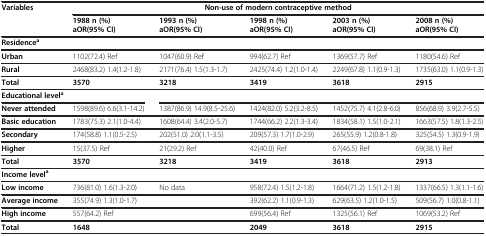
<table><thead><tr><td><b>Variables</b></td><td colspan="5"><b>Non-use of modern contraceptive method</b></td></tr><tr><td><b> </b></td><td><b>1988 n (%) aOR(95% CI)</b></td><td><b>1993 n (%) aOR(95% CI)</b></td><td><b>1998 n (%) aOR(95% CI)</b></td><td><b>2003 n (%) aOR(95% CI)</b></td><td><b>2008 n (%) aOR(95% CI)</b></td></tr></thead><tbody><tr><td><b>Residence</b><sup><b>a</b></sup></td><td> </td><td> </td><td> </td><td> </td><td> </td></tr><tr><td><b>Urban</b></td><td>1102(72.4) Ref</td><td>1047(60.9) Ref</td><td>994(62.7) Ref</td><td>1369(57.7) Ref</td><td>1180(54.6) Ref</td></tr><tr><td><b>Rural</b></td><td>2468(83.2) 1.4(1.2-1.8)</td><td>2171(76.4) 1.5(1.3-1.7)</td><td>2425(74.4) 1.2(1.0-1.4)</td><td>2249(67.8) 1.1(0.9-1.3)</td><td>1735(63.0) 1.1(0.9-1.3)</td></tr><tr><td><b>Total</b></td><td><b>3570</b></td><td><b>3218</b></td><td><b>3419</b></td><td><b>3618</b></td><td><b>2915</b></td></tr><tr><td colspan="2"><b>Educational level</b><sup><b>a</b></sup></td><td> </td><td> </td><td> </td><td> </td></tr><tr><td><b>Never attended</b></td><td>1598(89.6) 6.6(3.1-14.2)</td><td>1387(86.9) 14.9(8.5-25.6)</td><td>1424(82.0) 5.2(3.2-8.5)</td><td>1452(75.7) 4.1(2.8-6.0)</td><td>856(68.9) 3.9(2.7-5.5)</td></tr><tr><td><b>Basic education</b></td><td>1783(75.3) 2.1(1.0-4.4)</td><td>1608(64.4) 3.4(2.0-5.7)</td><td>1744(66.2) 2.2(1.3-3.4)</td><td>1834(58.1) 1.5(1.0-2.1)</td><td>1663(57.5) 1.8(1.3-2.5)</td></tr><tr><td><b>Secondary</b></td><td>174(58.8) 1.1(0.5-2.5)</td><td>202(51.0) 2.0(1.1-3.5)</td><td>209(57.3) 1.7(1.0-2.9)</td><td>265(55.9) 1.2(0.8-1.8)</td><td>325(54.5) 1.3(0.9-1.9)</td></tr><tr><td><b>Higher</b></td><td>15(37.5) Ref</td><td>21(29.2) Ref</td><td>42(40.0) Ref</td><td>67(46.5) Ref</td><td>69(38.1) Ref</td></tr><tr><td><b>Total</b></td><td><b>3570</b></td><td><b>3218</b></td><td><b>3419</b></td><td><b>3618</b></td><td><b>2913</b></td></tr><tr><td><b>Income level</b><sup><b>a</b></sup></td><td> </td><td> </td><td> </td><td> </td><td> </td></tr><tr><td><b>Low income</b></td><td>736(81.0) 1.6(1.3-2.0)</td><td>No data</td><td>958(72.4) 1.5(1.2-1.8)</td><td>1664(71.2) 1.5(1.2-1.8)</td><td>1337(66.5) 1.3(1.1-1.6)</td></tr><tr><td><b>Average income</b></td><td>355(74.9) 1.3(1.0-1.7)</td><td> </td><td>392(62.2) 1.1(0.9-1.3)</td><td>629(63.5) 1.2(1.0-1.5)</td><td>509(56.7) 1.0(0.8-1.1)</td></tr><tr><td><b>High income</b></td><td>557(64.2) Ref</td><td> </td><td>699(56.4) Ref</td><td>1325(56.1) Ref</td><td>1069(53.2) Ref</td></tr><tr><td><b>Total</b></td><td><b>1648</b></td><td> </td><td><b>2049</b></td><td><b>3618</b></td><td><b>2915</b></td></tr></tbody></table>